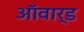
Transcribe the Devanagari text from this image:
ऑवार्ड